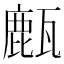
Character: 㼾